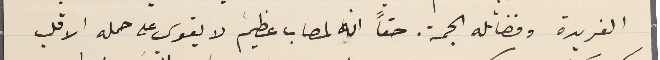
الفريدة وفضائله الجمة. حقاً انه لمصاب عظيم لا يقوى على حمله الا قلب